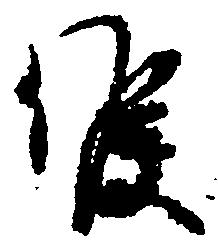
候